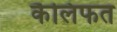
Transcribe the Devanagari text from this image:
कैलिफत